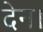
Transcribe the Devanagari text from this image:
देन।